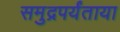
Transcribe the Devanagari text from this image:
समुद्रपर्यंताया